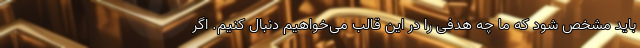
باید مشخص شود که ما چه هدفی را در این قالب می‌خواهیم دنبال کنیم. اگر